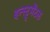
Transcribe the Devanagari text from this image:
इन्स्ट्रूमेंटल